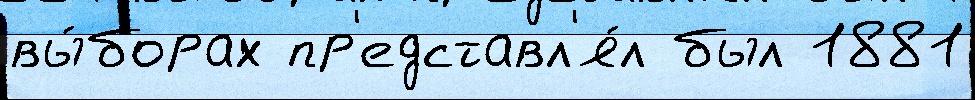
вы́борах пр'едставл'я́л был 1881